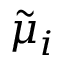
\tilde { \mu } _ { i }